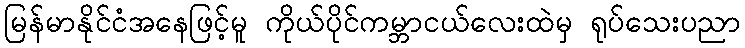
မြန်မာနိုင်ငံအနေဖြင့်မူ ကိုယ်ပိုင်ကမ္ဘာငယ်လေးထဲမှ ရုပ်သေးပညာ